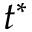
t ^ { * }